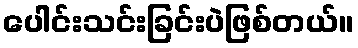
ပေါင်းသင်းခြင်းပဲဖြစ်တယ်။